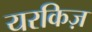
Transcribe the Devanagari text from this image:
यरकिज़